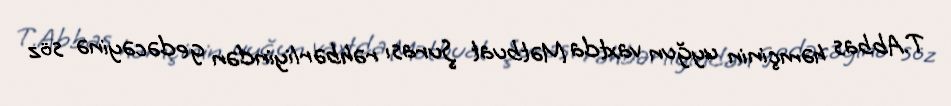
T.Abbas həmçinin uyğun vaxtda Mətbuat Şurası rəhbərliyindən gedəcəyinə söz